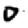
Digit: 0